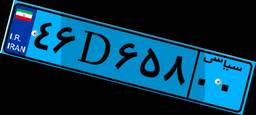
۹۳D۸۸۲۴۰